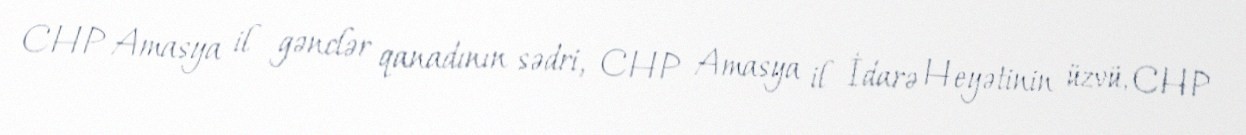
CHP Amasya il gənclər qanadının sədri, CHP Amasya il İdarə Heyətinin üzvü, CHP